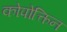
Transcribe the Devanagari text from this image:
कोपोत्किन